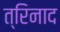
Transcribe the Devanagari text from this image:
त्रिनाद